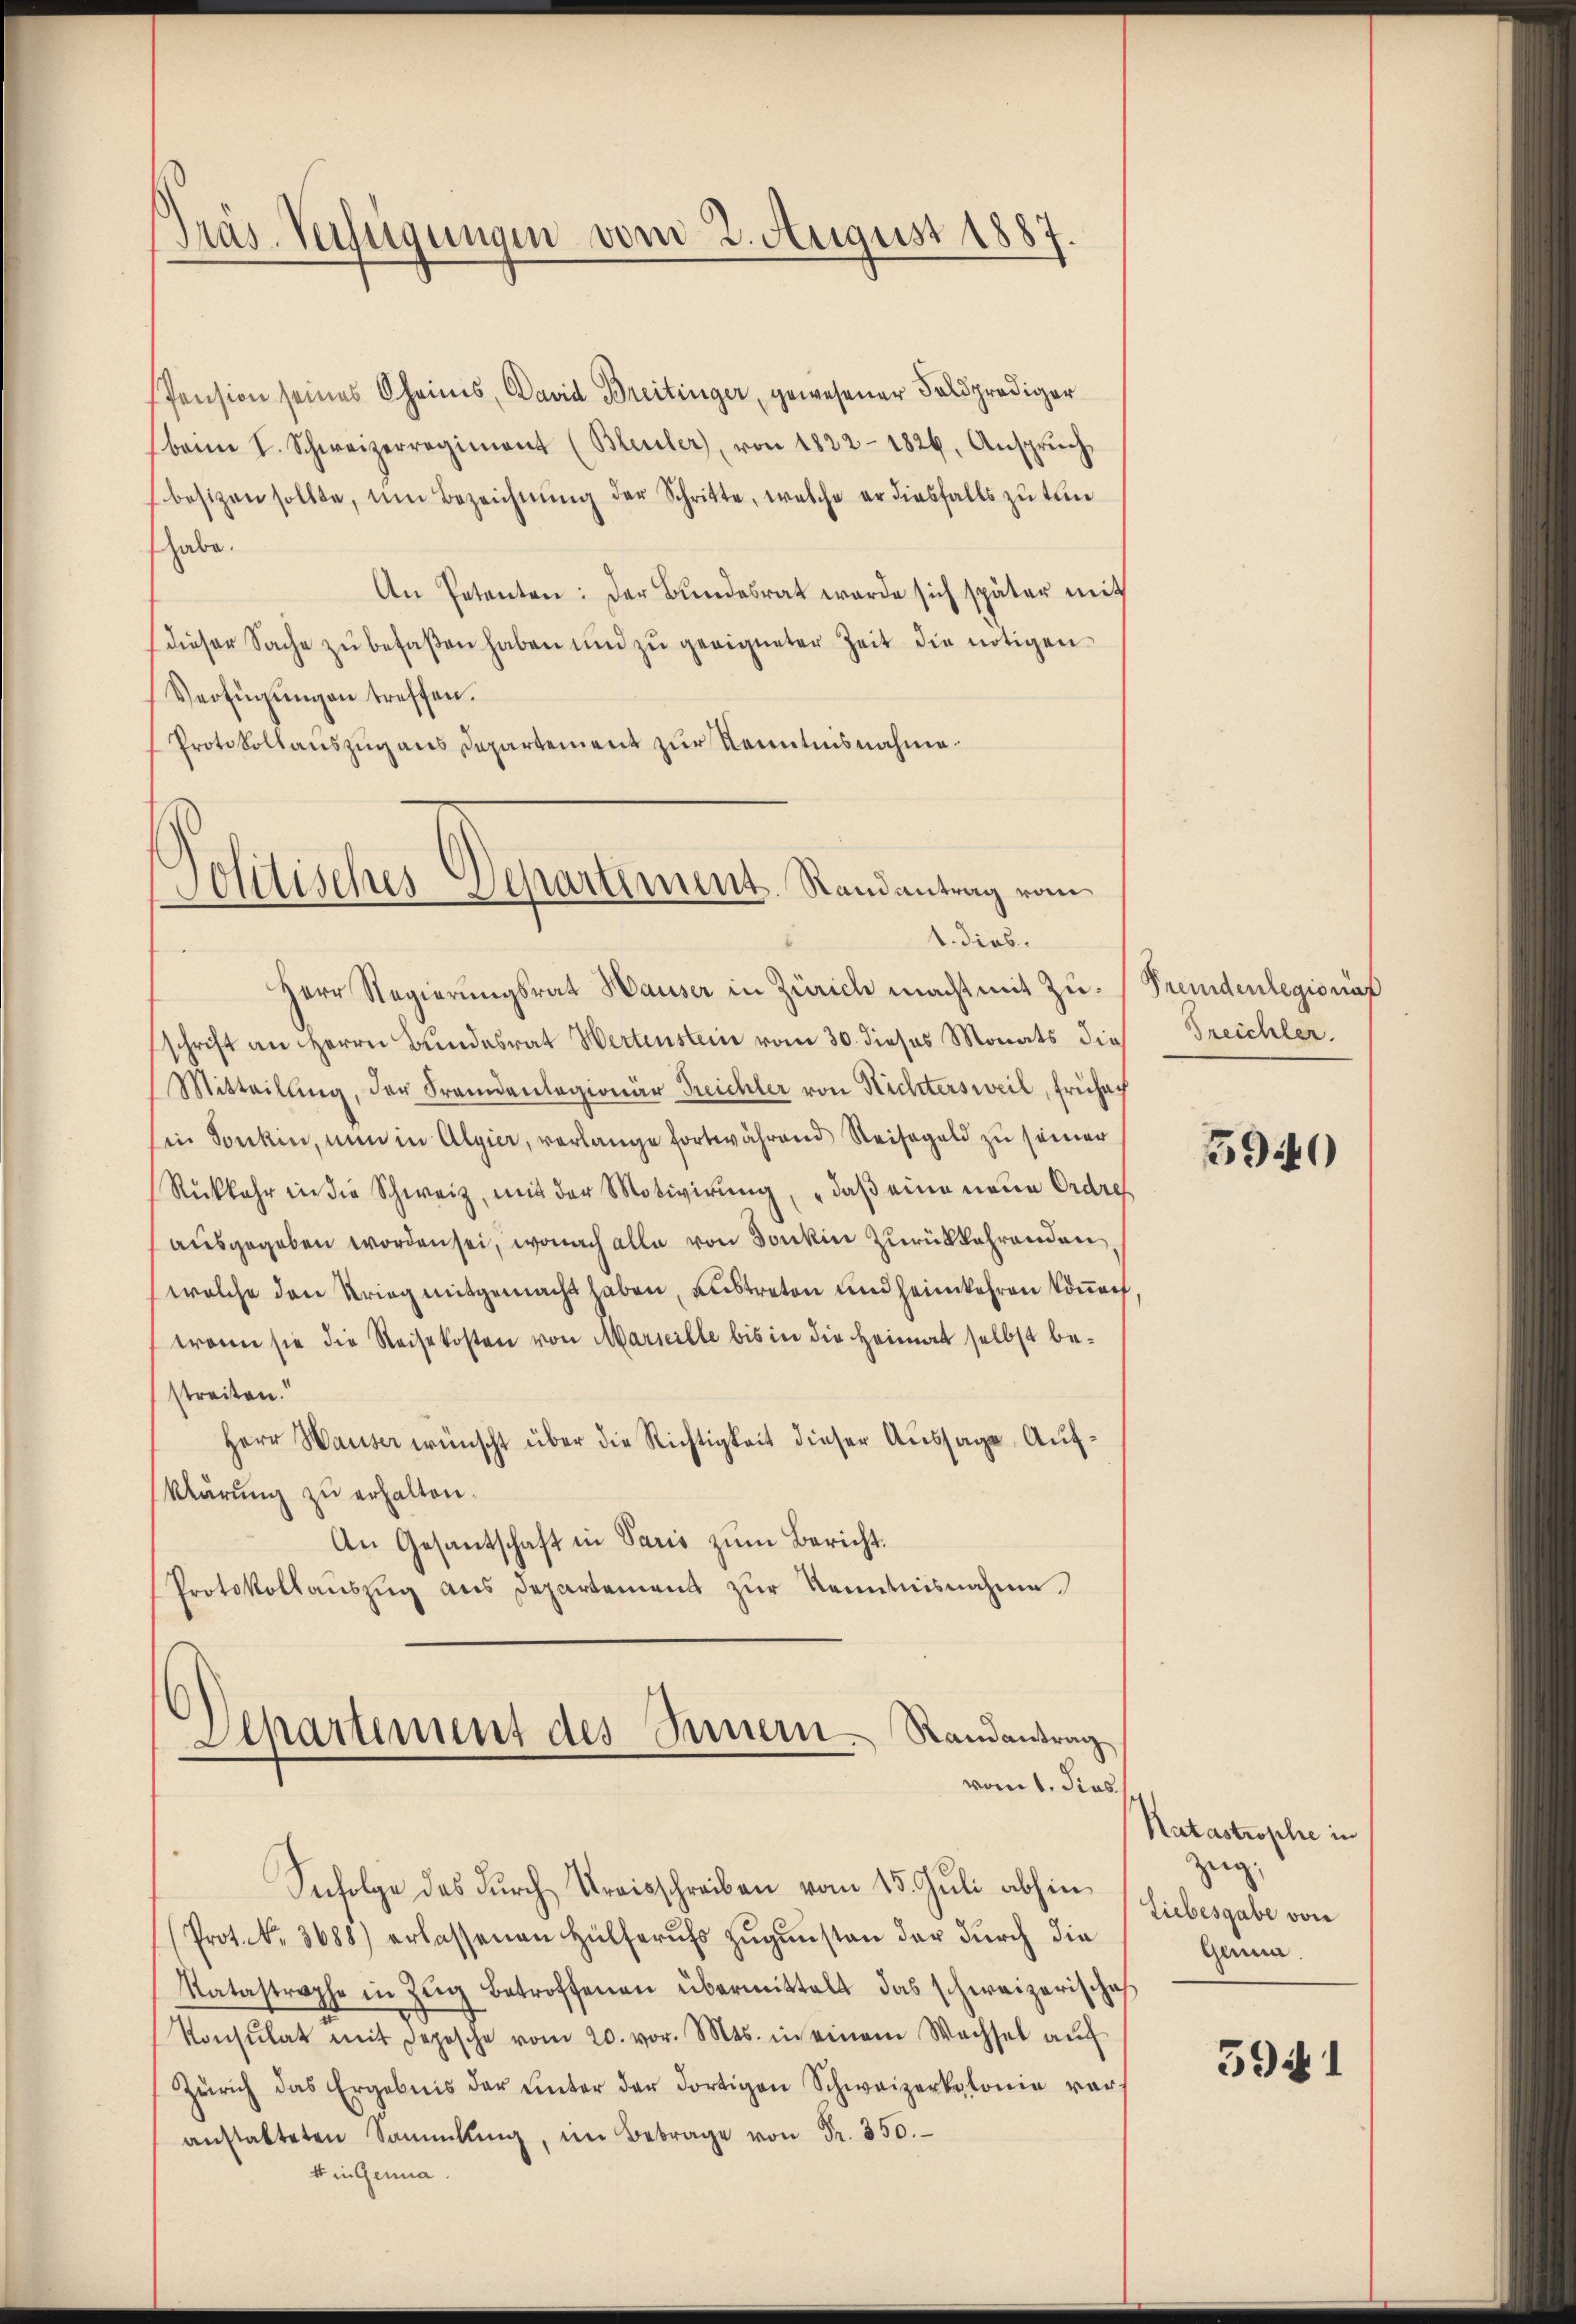
Präs. Verfügungen vom 2. August 1887.

Pension seines Oheimes, David Breitinger, gewesener Feldprediger
banm I. Schweizerregiment (Bleuler, von 1822-1826, Ansprŭch
besizen sollte, um Bezeichnŭng der Schritte, welche er diesfalls zu tun
habe.
An Petenten: Der Bundesrat werde sich später mit
dieser Sache zŭ befaßen haben und zŭ geeigneter Zeit die nötigen
Verfügungen treffen.
Protokollauszug aus Departement zur Kenntnisnahme.

Jolitisches Separtiment. Randantrag vom
1. dies.

Herr Regierungsrat Hauser in Zürich macht mit Zuschrift an Herrn Bundesrat Wertenstein vom 30. dieses Monats die
Mitteilŭng, der Fremdenlagionär Treichler von Richtersweil, Frühach
Ein Sonkin, nun in Algier, verlange fortwährend Reisegeld zu seiner
Rückkehr in die Schweiz, mit der Motivirung, „daß eine neue Ordre
ausgegeben worden sei, wonach alle von Danken zurückkehrenden,
welche den Krieg mitgemacht haben, austreten und heimkehren können,
wenn sie die Reisekosten von Marseille bis in die Heimat selbst bestreiten.
Herr Hauser wünscht über die Richtigkeit dieser Aussage, Aufklärung zu erhalten.
An Gesantschaft in Paris zum Bericht.
Protokollaŭszŭg ans Departement zŭr Kenntnisnahme
Aepartement des Innern. Randantrag
vom 1. dies
Snfolge das durch Kreisschreiben vom 15. Juli abhin
Prot. No. 3688) erlassenen Hülferŭfs Zŭgŭnsten der dŭrch die
Ratastrophe in Zŭg betroffenen übermittelt das schweizerische
Konsulat mit Depesche vom 20. vor. Mts. in einem Wachsel aŭf
Zürich das Ergebnis der ŭnter der dortigen Schweizerkolonie ver-
anstalteten Sammlung, im Betrage von Fr. 350.
k in Genua.

Fremdenlegio nat
Treichler.

5940

Katastrophe in
zeig,
Liebesgabe von
Ganna.

59 1